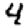
Digit: 4